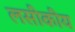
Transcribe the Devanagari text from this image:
लसीकीय